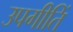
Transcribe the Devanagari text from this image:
उपगीतिं